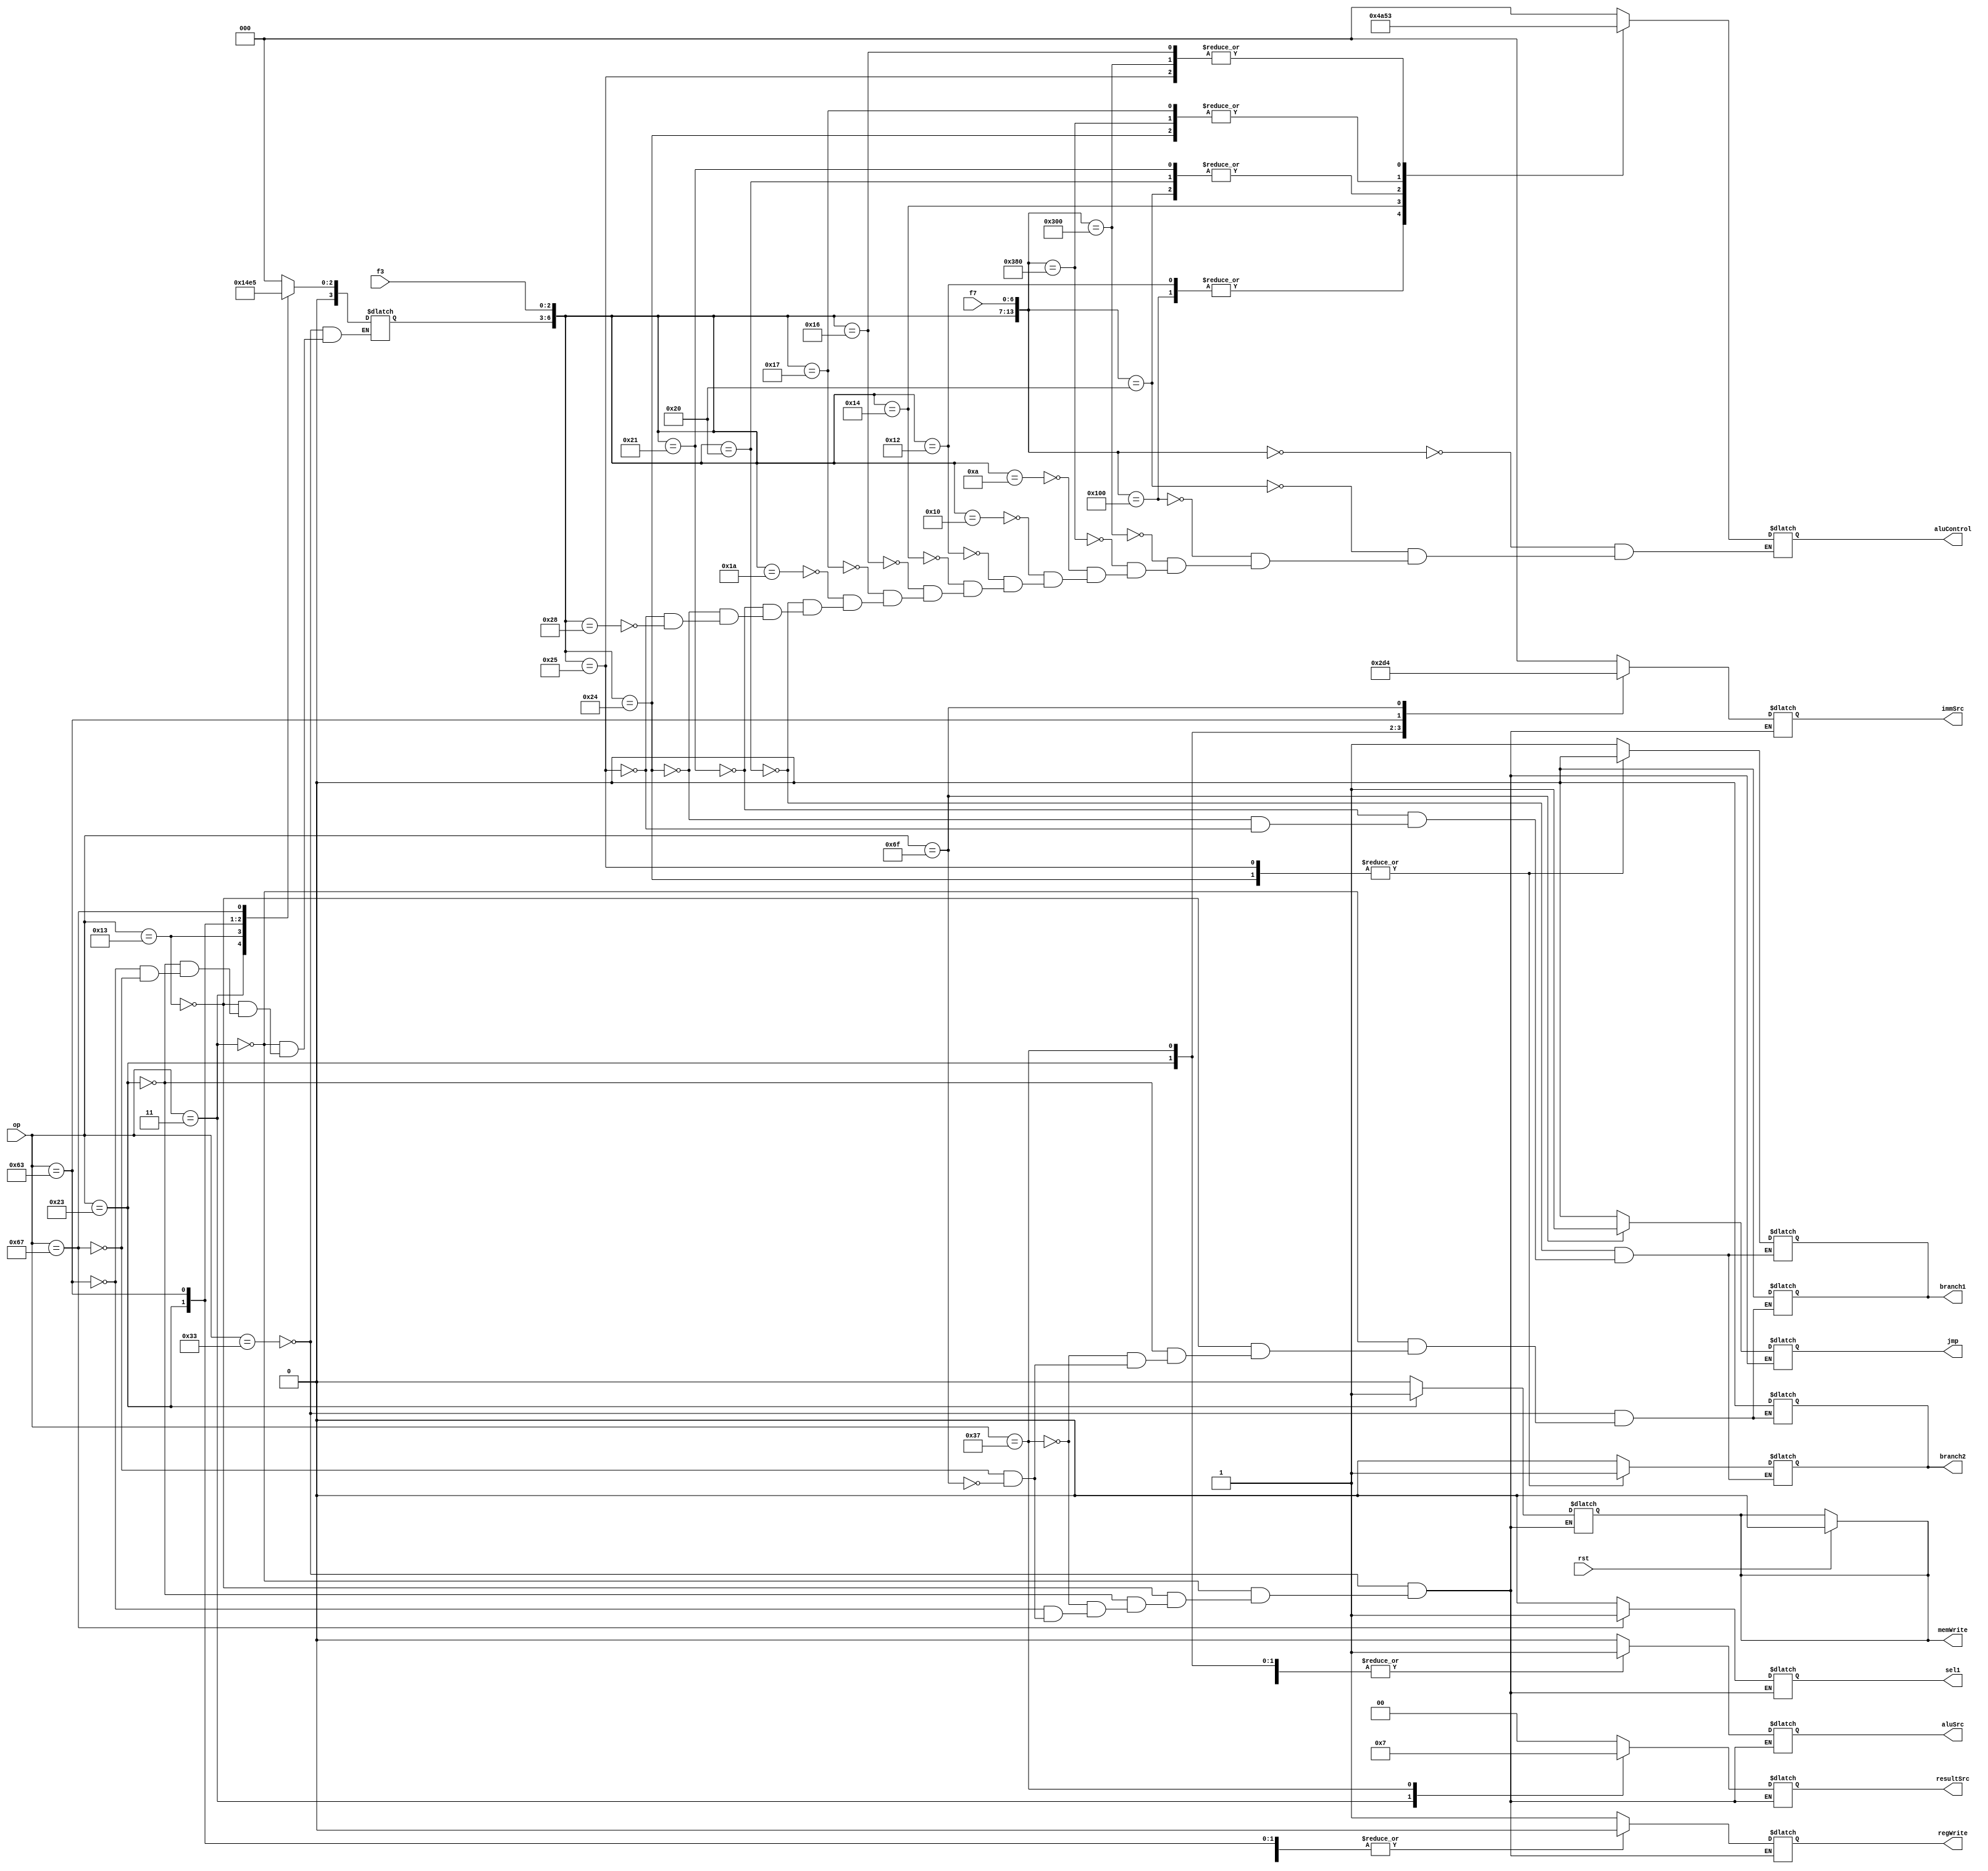
module controller(rst,op,f3,f7,resultSrc,memWrite,aluControl,aluSrc,immSrc,regWrite,sel1,branch1,branch2,jmp);
input [6:0] op;
input [2:0] f3;
input [6:0] f7;
input rst;
output reg branch1,branch2,jmp;
reg [3:0] aluOp;
output reg memWrite,aluSrc,regWrite,sel1;
output reg[1:0] resultSrc;
output reg[2:0] aluControl,immSrc;

assign memWrite = rst ? 1'b0 : memWrite;

//assign pcSrc = ((zero & branch) | jmp);
always @ (*) begin	//control unit
	case(op) 
		7'd51: begin sel1=0;branch1=0;branch2=0;jmp=0;resultSrc=2'b00;memWrite=0;aluSrc=0;immSrc=3'bxxx;regWrite=1; end // R - T
		
		7'd3: begin sel1=0;branch1=0;branch2=0;jmp=0;resultSrc=2'b01;memWrite=0;aluSrc=1;immSrc=3'b000;regWrite=1; end // I - T

		7'd19: begin sel1=0;branch1=0;branch2=0;jmp=0;resultSrc=2'b00;memWrite=0;aluSrc=1;immSrc=3'b000;regWrite=1; end // I - T

		7'd35: begin sel1=0;branch1=0;branch2=0;jmp=0;resultSrc=2'bxx;memWrite=1;aluSrc=1;immSrc=3'b001;regWrite=0; end // S - T

		7'd55: begin sel1=0;branch1=0;branch2=0;jmp=0;resultSrc=2'b11;memWrite=0;aluSrc=1;immSrc=3'd3;regWrite=1; end // U - T

		7'd99: begin sel1=0;jmp=0;resultSrc=2'bxx;memWrite=0;aluSrc=0;immSrc=3'd2;regWrite=0; end // B - T

		7'd103: begin sel1=1;branch1=0;branch2=0;jmp=0;resultSrc=2'bxx;memWrite=0;aluSrc=1;immSrc=3'b000;regWrite=0; end // I - T
	
		7'd111: begin sel1=0;branch1=0;branch2=0;jmp=1;resultSrc=2'bxx;memWrite=0;aluSrc=1;immSrc=3'd4;regWrite=0; end // J - T
	endcase
end

always @ (*) begin
	case(op)
		7'd51: aluOp=4'd0;
		7'd3: aluOp=4'd1;
		7'd19: aluOp=4'd2;
		7'd35: aluOp=4'd3;
		7'd99: aluOp=4'd4;
		7'd103: aluOp=4'd5;
	endcase

end

always @ (*) begin	//alu control
	casex({aluOp,f3,f7})
		14'b0: aluControl=3'b0;
		14'b00000000100000: aluControl=3'b001;
		14'b00000100000000: aluControl=3'b100;
		14'b00001100000000: aluControl=3'b011;
		14'b00001110000000: aluControl=3'b010;

		14'b0001010xxxxxxx: aluControl=3'b0;

		14'b0010000xxxxxxx: aluControl=3'b0;
		14'b0010010xxxxxxx: aluControl=3'b100; // slti
		14'b0010100xxxxxxx: aluControl=3'b101;
		14'b0010110xxxxxxx: aluControl=3'b011;
		14'b0010111xxxxxxx: aluControl=3'b010;

		14'b0011010xxxxxxx: aluControl=3'b000;

		14'b0100000xxxxxxx: begin aluControl=3'b001; branch1=1;branch2=0; end // B-T
		14'b0100001xxxxxxx: begin aluControl=3'b001; branch1=1;branch2=0; end
		14'b0100100xxxxxxx: begin aluControl=3'b010; branch1=0;branch2=1; end
		14'b0100101xxxxxxx: begin aluControl=3'b011; branch1=0;branch2=1; end

		14'b0101000xxxxxxx: aluControl=3'b000;
	endcase
end


endmodule